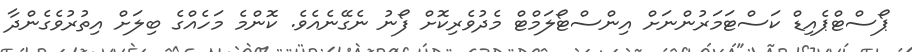
ޕޯސްޓްޕެއިޑް ކަސްޓަމަރުންނަށް އިންސްޓޯލަމްޓް މެދުވެރިކޮށް ފޯނު ނެގޭނެއެވެ. ކޮންމެ މަހެއްގެ ބިލަށް އިތުރުވެގެންދާ